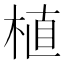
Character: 植